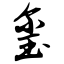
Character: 玺